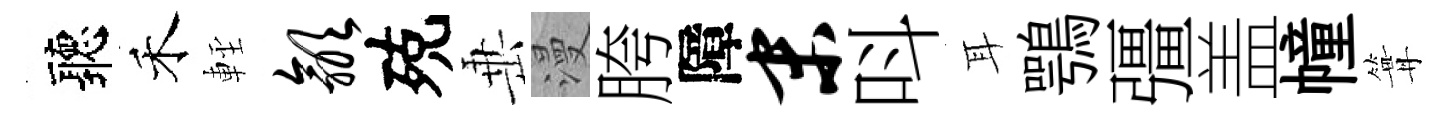
聽禾䡖歙殑𡸁漫胯障末呌耳鶚彊盖幢篝